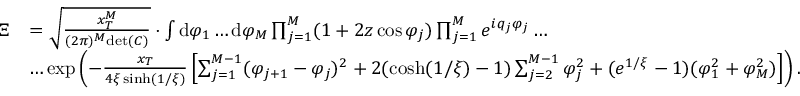
\begin{array} { r l } { \Xi } & { = \sqrt { \frac { x _ { T } ^ { M } } { ( 2 \pi ) ^ { M } \mathrm { d e t } ( C ) } } \cdot \int \mathrm { d } \varphi _ { 1 } \dots \mathrm { d } \varphi _ { M } \prod _ { j = 1 } ^ { M } ( 1 + 2 z \cos \varphi _ { j } ) \prod _ { j = 1 } ^ { M } e ^ { i q _ { j } \varphi _ { j } } \dots } \\ & { \dots \exp \left( - \frac { x _ { T } } { 4 \xi \sinh ( 1 / \xi ) } \left[ \sum _ { j = 1 } ^ { M - 1 } ( \varphi _ { j + 1 } - \varphi _ { j } ) ^ { 2 } + 2 ( \cosh ( 1 / \xi ) - 1 ) \sum _ { j = 2 } ^ { M - 1 } \varphi _ { j } ^ { 2 } + ( e ^ { 1 / \xi } - 1 ) ( \varphi _ { 1 } ^ { 2 } + \varphi _ { M } ^ { 2 } ) \right] \right) . } \end{array}